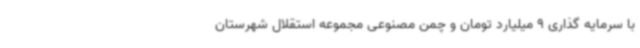
با سرمایه گذاری 9 میلیارد تومان و چمن مصنوعی مجموعه استقلال شهرستان